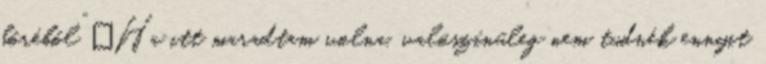
bőréből” „Ha itt maradtam volna, valószínűleg nem tudnék ennyit